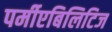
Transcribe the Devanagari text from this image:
पर्मीएबिलिटिज